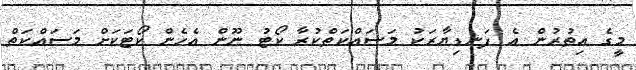
މީގެ އިތުރުން އެ ފަނޑިޔާރަކު މަސައްކަތްކުރާ ކޯޓު ނޫން އެހެން ކޯޓަކަށް މަސައްކަތް